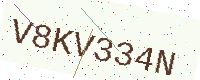
Text: V8KV334N